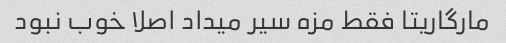
مارگاریتا فقط مزه سیر میداد اصلا خوب نبود